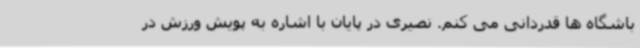
باشگاه ها قدردانی می کنم. نصیری در پایان با اشاره به پویش ورزش در